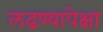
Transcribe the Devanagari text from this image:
लढण्यापेक्षा